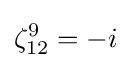
\zeta _{12}^{9}=-i